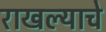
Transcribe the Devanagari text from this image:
राखल्याचे